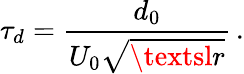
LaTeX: \tau_{d}=\frac{d_{0}}{U_{0}\sqrt{\textsl{r}}}\, .